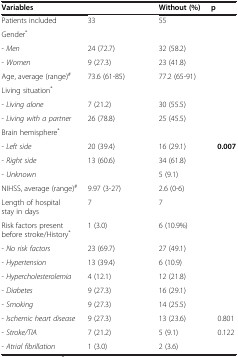
<table><thead><tr><td><b>Variables</b></td><td>[EMPTY_CELL]</td><td><b>Without (%)</b></td><td><b>p</b></td></tr></thead><tbody><tr><td>Patients included</td><td>33</td><td>55</td><td>[EMPTY_CELL]</td></tr><tr><td>Gender<sup>*</sup></td><td>[EMPTY_CELL]</td><td>[EMPTY_CELL]</td><td>[EMPTY_CELL]</td></tr><tr><td>- <i>Men</i></td><td>24 (72.7)</td><td>32 (58.2)</td><td>[EMPTY_CELL]</td></tr><tr><td>- <i>Women</i></td><td>9 (27.3)</td><td>23 (41.8)</td><td>[EMPTY_CELL]</td></tr><tr><td>Age, average (range)<sup>#</sup></td><td>73.6 (61-85)</td><td>77.2 (65-91)</td><td>[EMPTY_CELL]</td></tr><tr><td>Living situation<sup>*</sup></td><td>[EMPTY_CELL]</td><td>[EMPTY_CELL]</td><td>[EMPTY_CELL]</td></tr><tr><td>- <i>Living alone</i></td><td>7 (21.2)</td><td>30 (55.5)</td><td>[EMPTY_CELL]</td></tr><tr><td>- <i>Living with a partner</i></td><td>26 (78.8)</td><td>25 (45.5)</td><td>[EMPTY_CELL]</td></tr><tr><td>Brain hemisphere<sup>*</sup></td><td>[EMPTY_CELL]</td><td>[EMPTY_CELL]</td><td>[EMPTY_CELL]</td></tr><tr><td>- <i>Left side</i></td><td>20 (39.4)</td><td>16 (29.1)</td><td><b>0.007</b></td></tr><tr><td>- <i>Right side</i></td><td>13 (60.6)</td><td>34 (61.8)</td><td>[EMPTY_CELL]</td></tr><tr><td>- <i>Unknown</i></td><td>[EMPTY_CELL]</td><td>5 (9.1)</td><td>[EMPTY_CELL]</td></tr><tr><td>NIHSS, average (range)<sup>#</sup></td><td>9.97 (3-27)</td><td>2.6 (0-6)</td><td>[EMPTY_CELL]</td></tr><tr><td>Length of hospital stay in days</td><td>7</td><td>7</td><td>[EMPTY_CELL]</td></tr><tr><td>Risk factors present before stroke/History<sup>*</sup></td><td>1 (3.0)</td><td>6 (10.9%)</td><td>[EMPTY_CELL]</td></tr><tr><td>- <i>No risk factors</i></td><td>23 (69.7)</td><td>27 (49.1)</td><td>[EMPTY_CELL]</td></tr><tr><td>- <i>Hypertension</i></td><td>13 (39.4)</td><td>6 (10.9)</td><td>[EMPTY_CELL]</td></tr><tr><td>- <i>Hypercholesterolemia</i></td><td>4 (12.1)</td><td>12 (21.8)</td><td>[EMPTY_CELL]</td></tr><tr><td>- <i>Diabetes</i></td><td>9 (27.3)</td><td>16 (29.1)</td><td>[EMPTY_CELL]</td></tr><tr><td>- <i>Smoking</i></td><td>9 (27.3)</td><td>14 (25.5)</td><td>[EMPTY_CELL]</td></tr><tr><td>- <i>Ischemic heart disease</i></td><td>9 (27.3)</td><td>13 (23.6)</td><td>0.801</td></tr><tr><td>- <i>Stroke/TIA</i></td><td>7 (21.2)</td><td>5 (9.1)</td><td>0.122</td></tr><tr><td>- <i>Atrial fibrillation</i></td><td>1 (3.0)</td><td>2 (3.6)</td><td>[EMPTY_CELL]</td></tr></tbody></table>